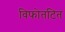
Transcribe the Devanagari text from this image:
विफोतटित